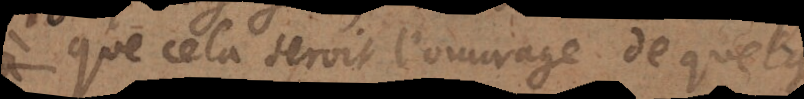
que cela seroit l’ouvrage de quelque